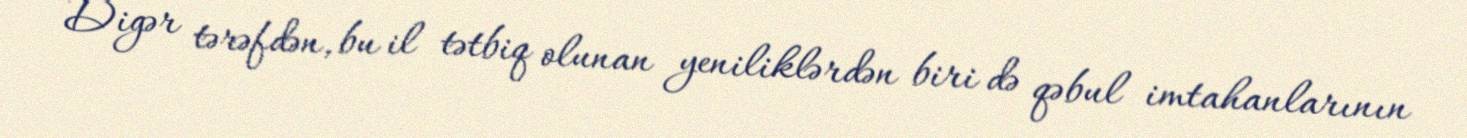
Digər tərəfdən, bu il tətbiq olunan yeniliklərdən biri də qəbul imtahanlarının